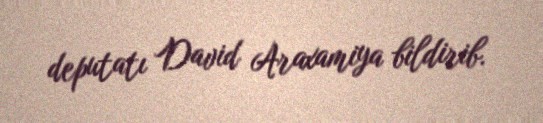
deputatı David Araxamiya bildirib.